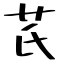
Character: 芪